Bréfritari: Jóhannes Guðmundsson
Viðtakandi: Jón Borgfirðings Jónsson
Dagsetning: A-1870-09-13
Skrifað á: Hólabæ  A-Hún.

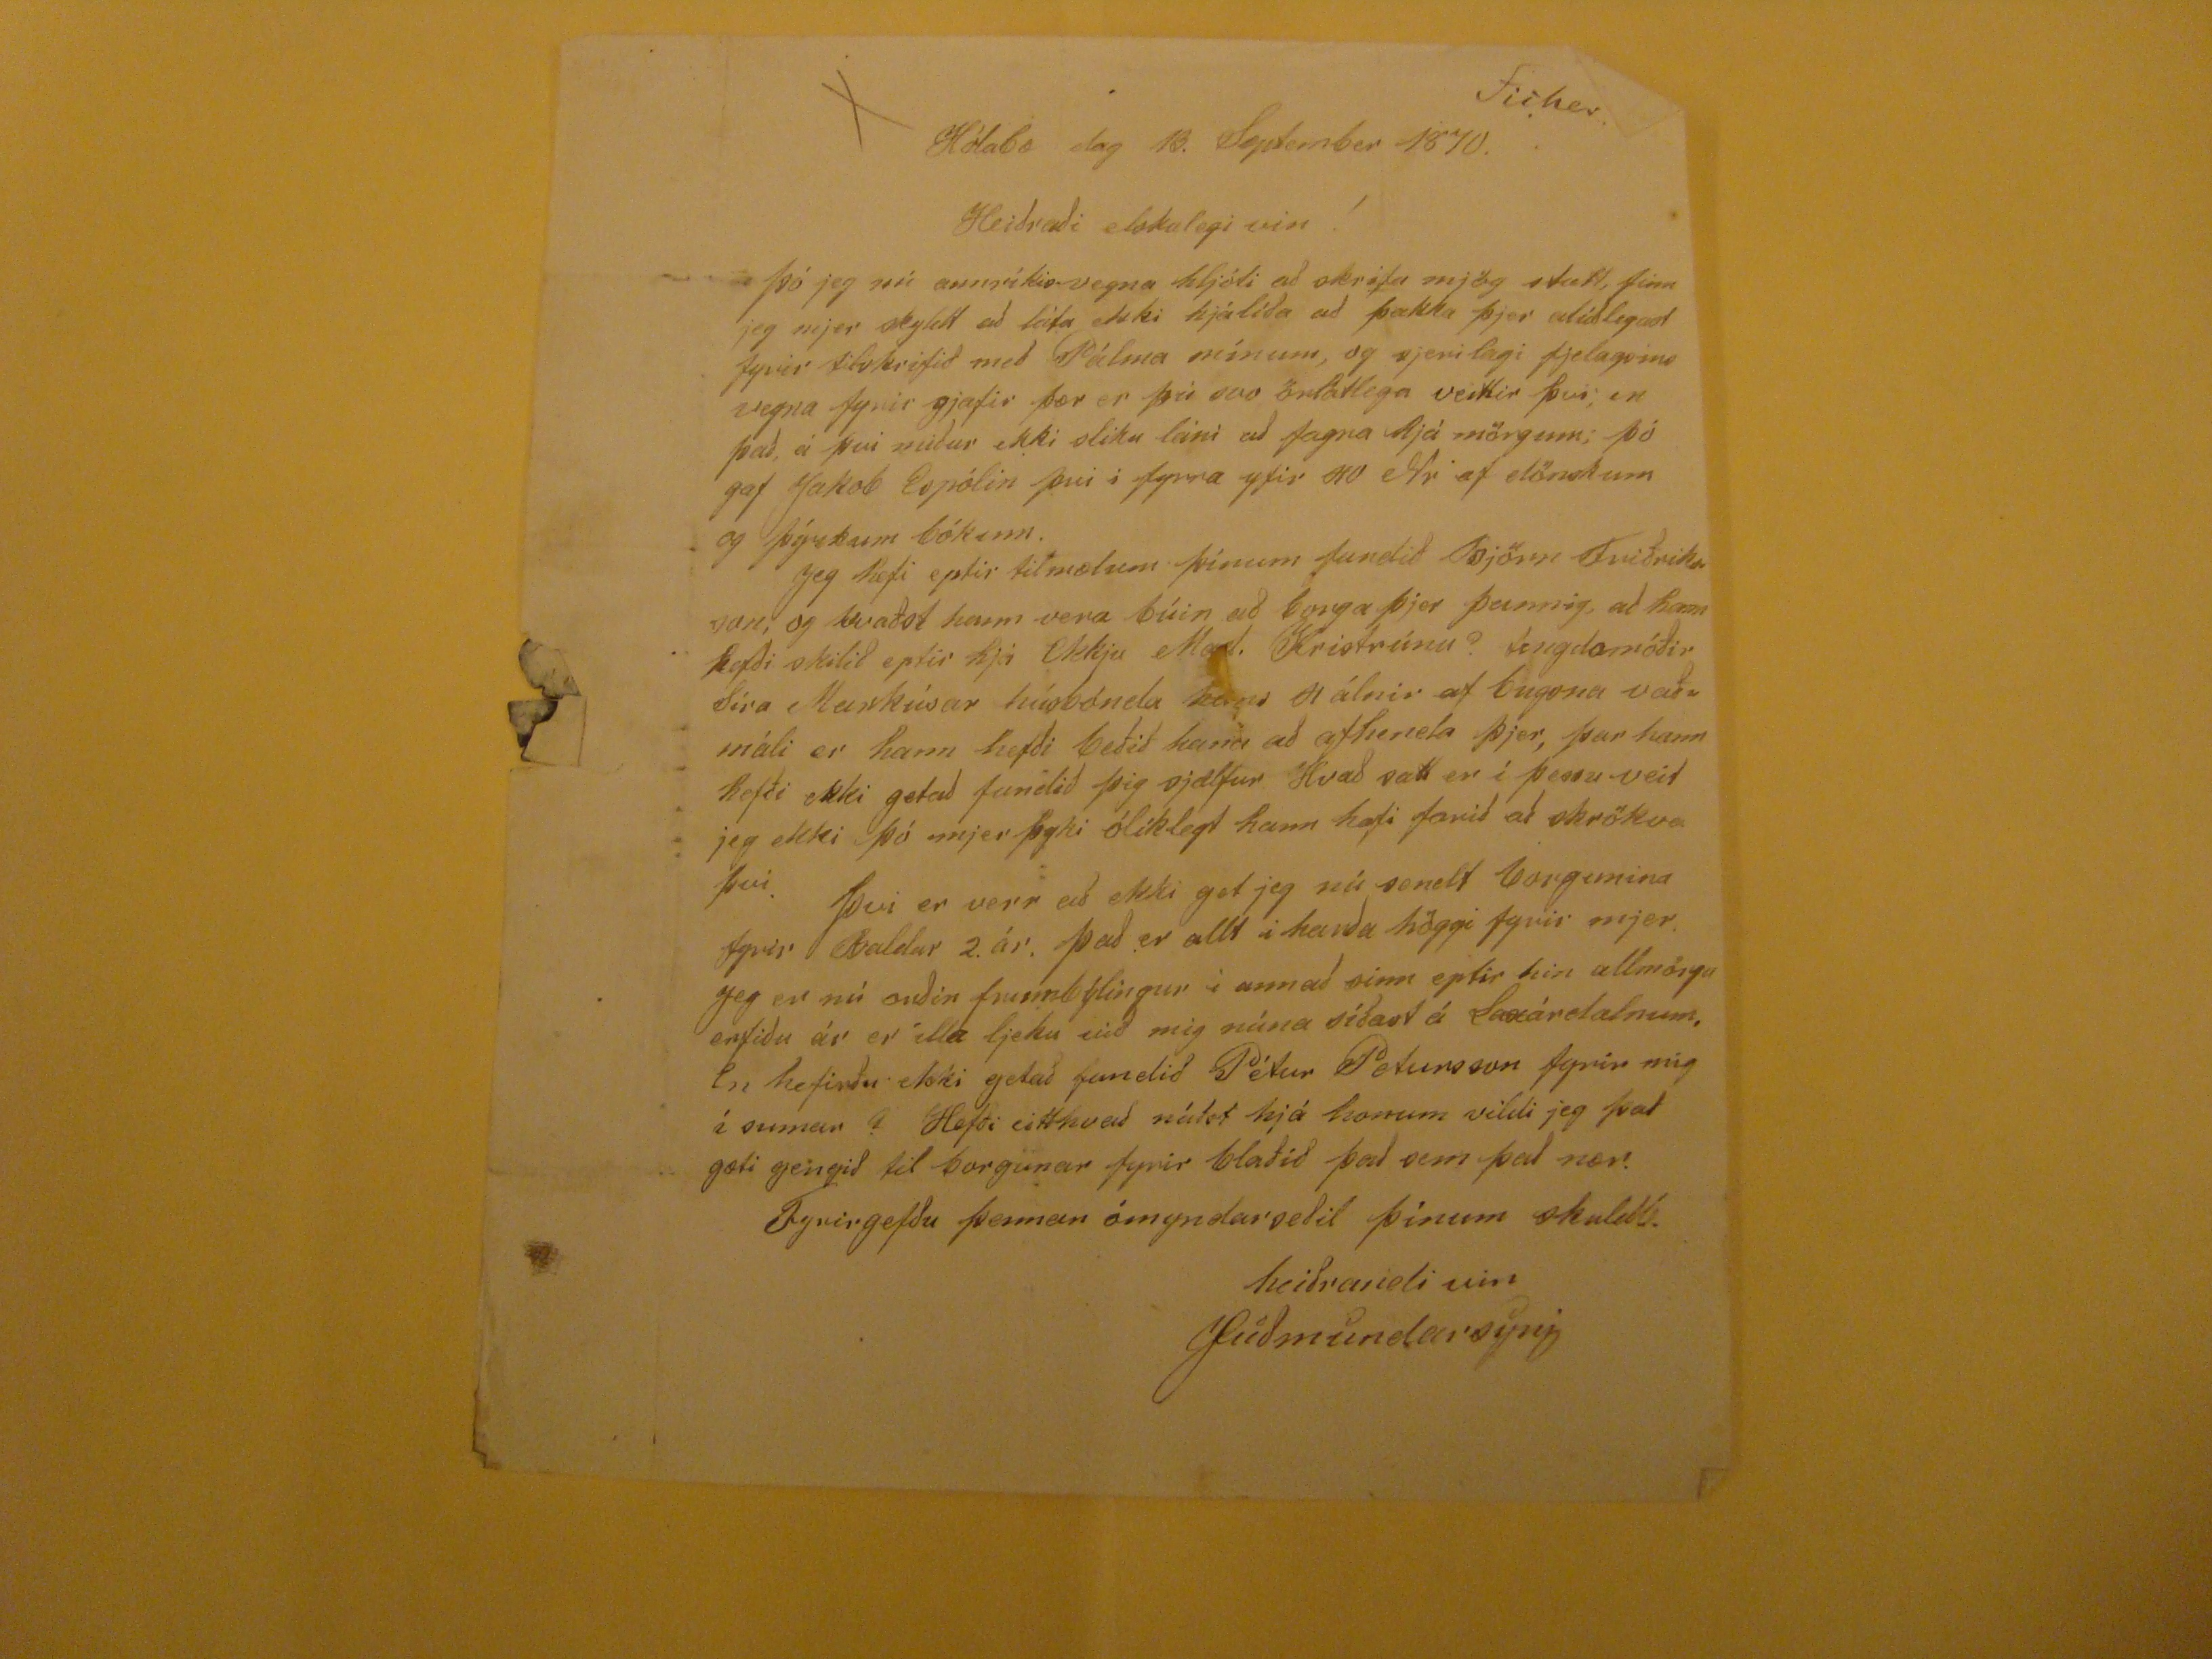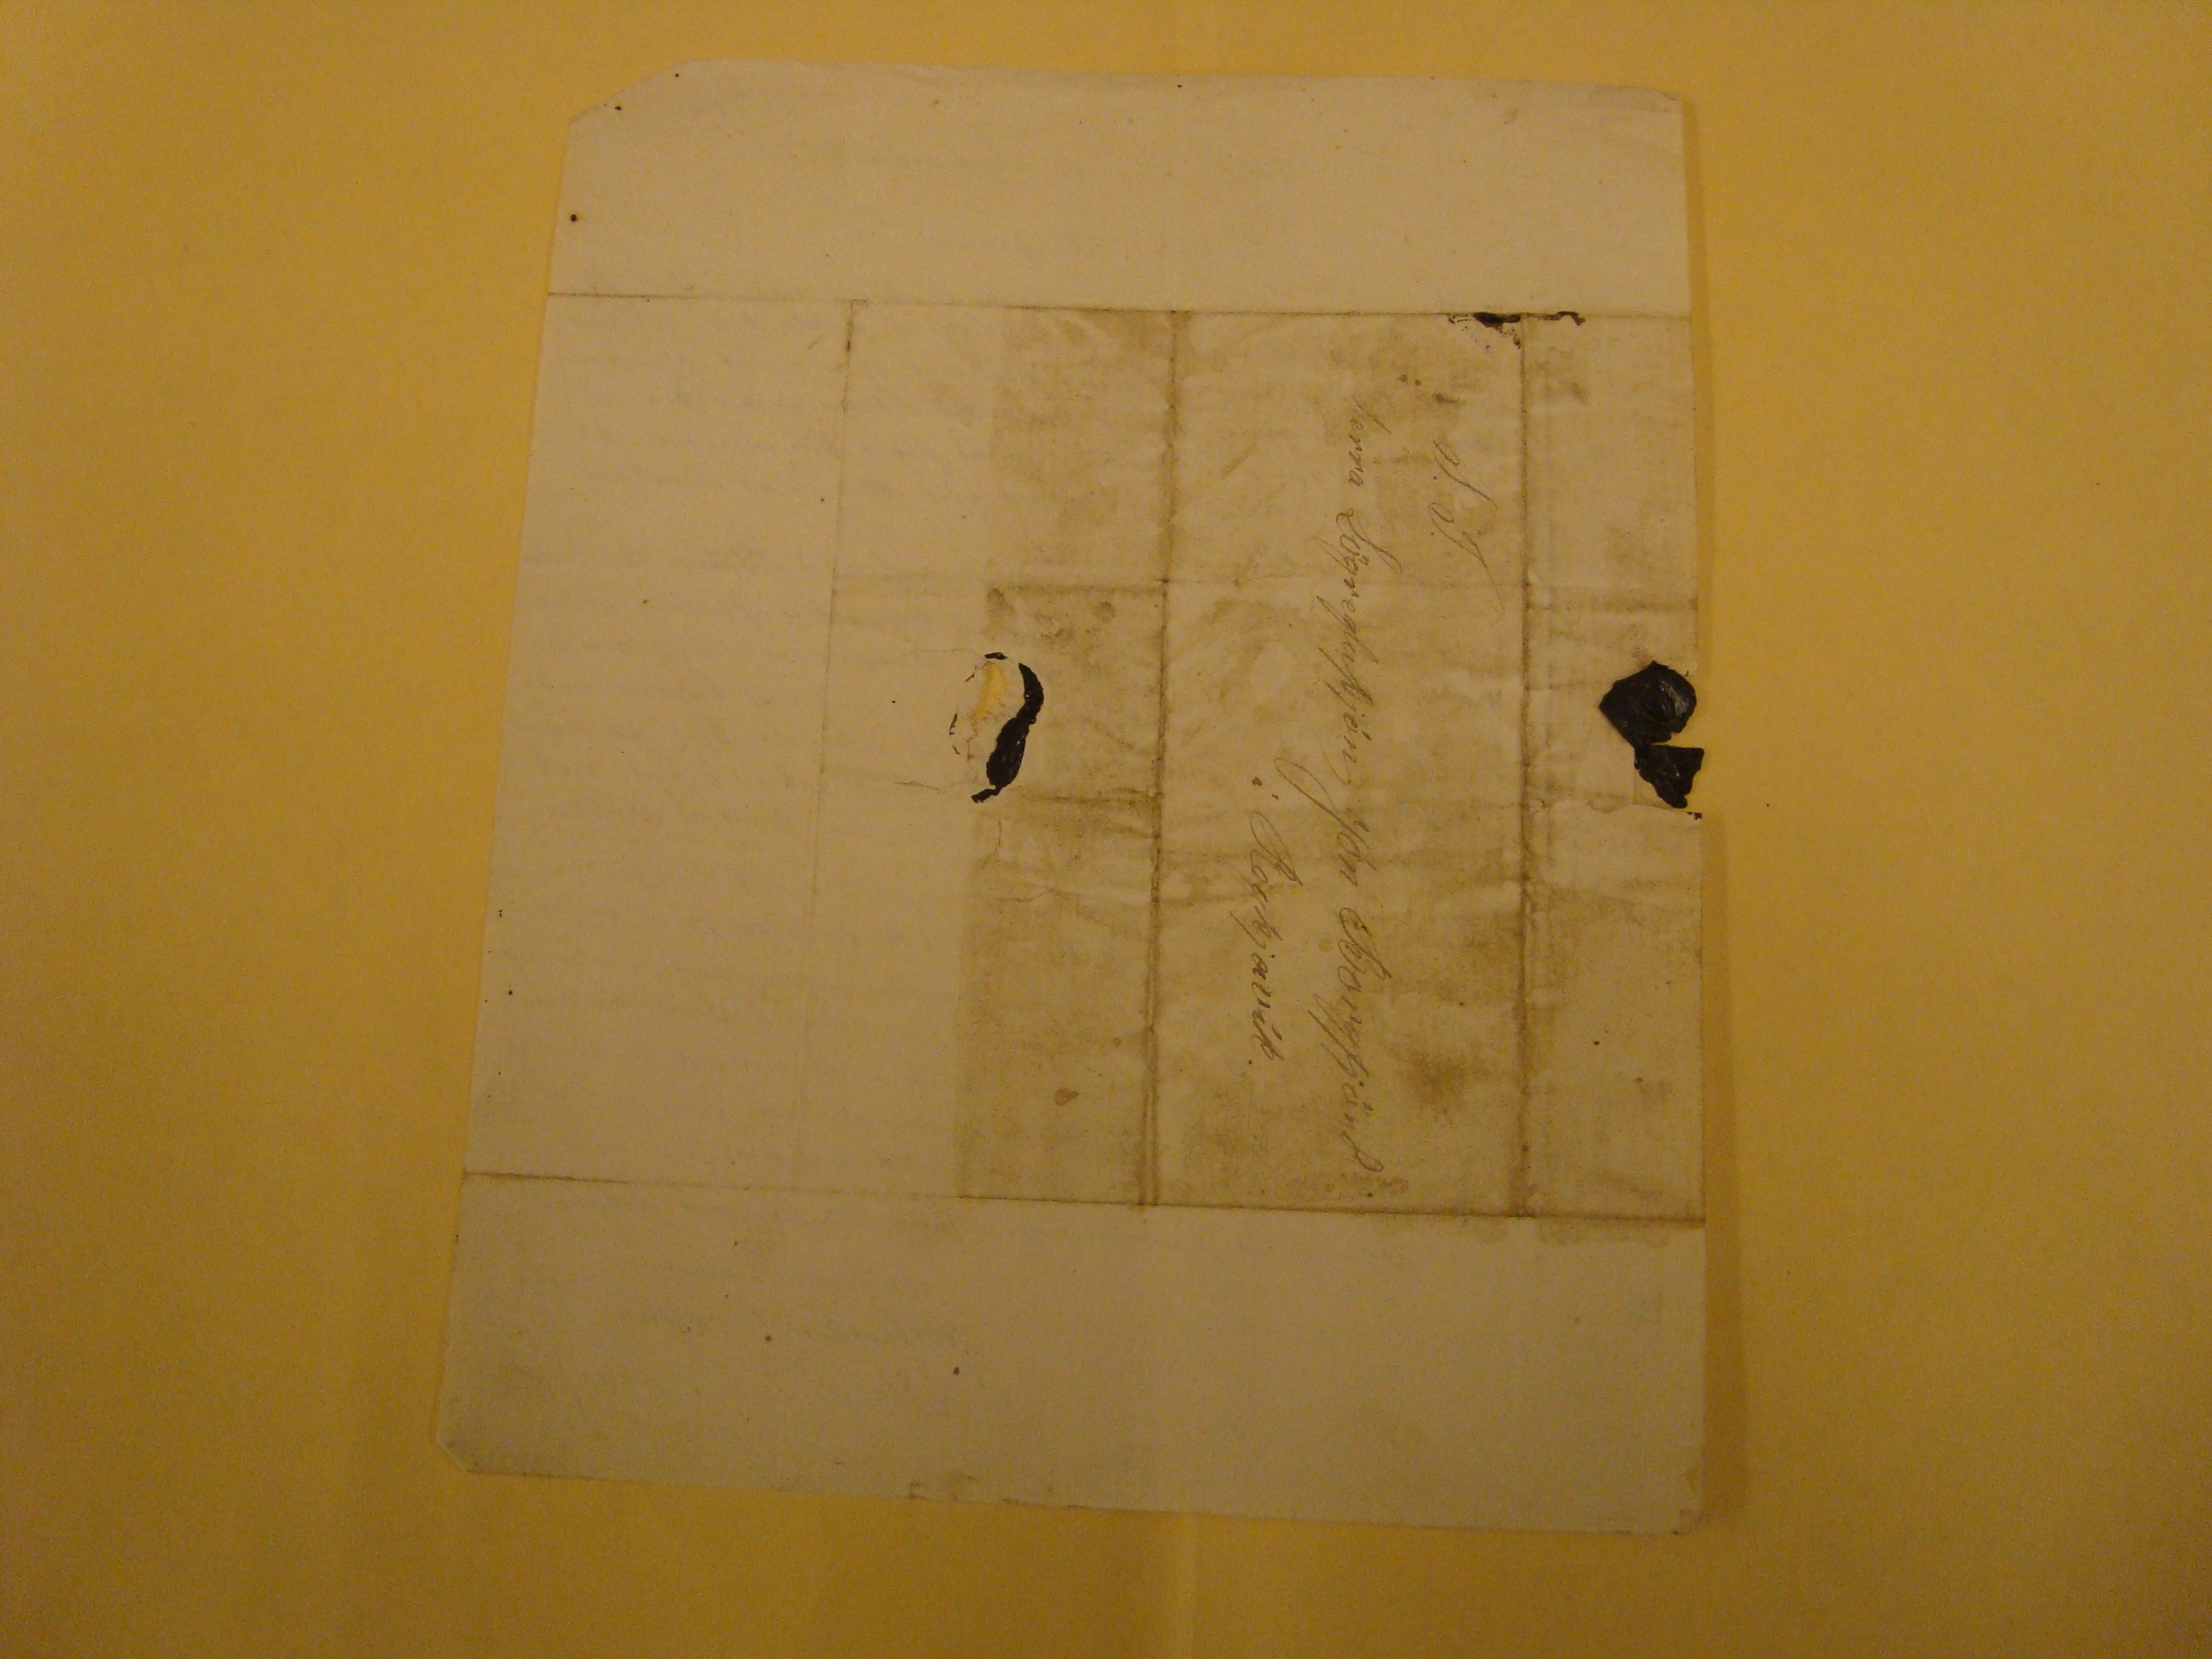

Hólabæ dag 13. September 1870.
Heiðraði elskulegi vin!
Þó jeg nú annríkisvegna hljóti að skrifa mjög stutt, finn jeg mjer skyldt að láta ekki hjá líða að þakka þjer alúðlegast fyrir tilskrifið með Pálma mínum, og sjerilagi fjelagsins vegna fyrir gjafir þær er þú svo örlátlega veittir því; en það á því miður ekki sliku láni að fagna hjá mörgun; þó gaf Jakob Espólin þvi i fyrra yfir 40 Nr af dönskum og þýzkum bókum. Jeg hefi eptir tilmælum þínum fundið Björn Friðriksson, og kvaðst hann vera búin að borga þjer þannig, að hann hafði skilið eptir hjá Ekkju
Mad.
Kristrúnu? tengdamóðir Síra Markúsar húsbónda
hans
4 álnir af bugsna vaðmáli er hann hefði beðið hana að afhenda þjer, þar hann hefði ekki getað fundið þig sjálfur Hvað satt er í þessu veit jeg ekki þó mjer þyki ólíklegt hann hafi farið að skrökva því. Því er verr að ekki get jeg nú sendt borgunina fyrir Baldur 2. ár. Það er allt í hada höggi fyrir mjer. Jeg er nú orðin
frumbýlingur
í annað sinn eptir hin allmörgu erfiðu ár er ílla ljeku við mig núna síðast á Laxárdalnum. En hefirðu ekki getað fundið Pétur Petursson fyrir mig í sumar? Hefði eitthvað nákt hjá honum vildi jeg það gæti gengið til borgunar fyrir blaðið það sem það nær.
Fyrirgefðu þennan ómyndarseðil þínum skuldb. heiðrandi vin
JGuðmundarsyni
S.T.
herra Lögregluþjón Jón Borgfjörð
í Reykjavík.